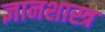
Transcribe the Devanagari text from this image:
ज्ञानशास्त्र